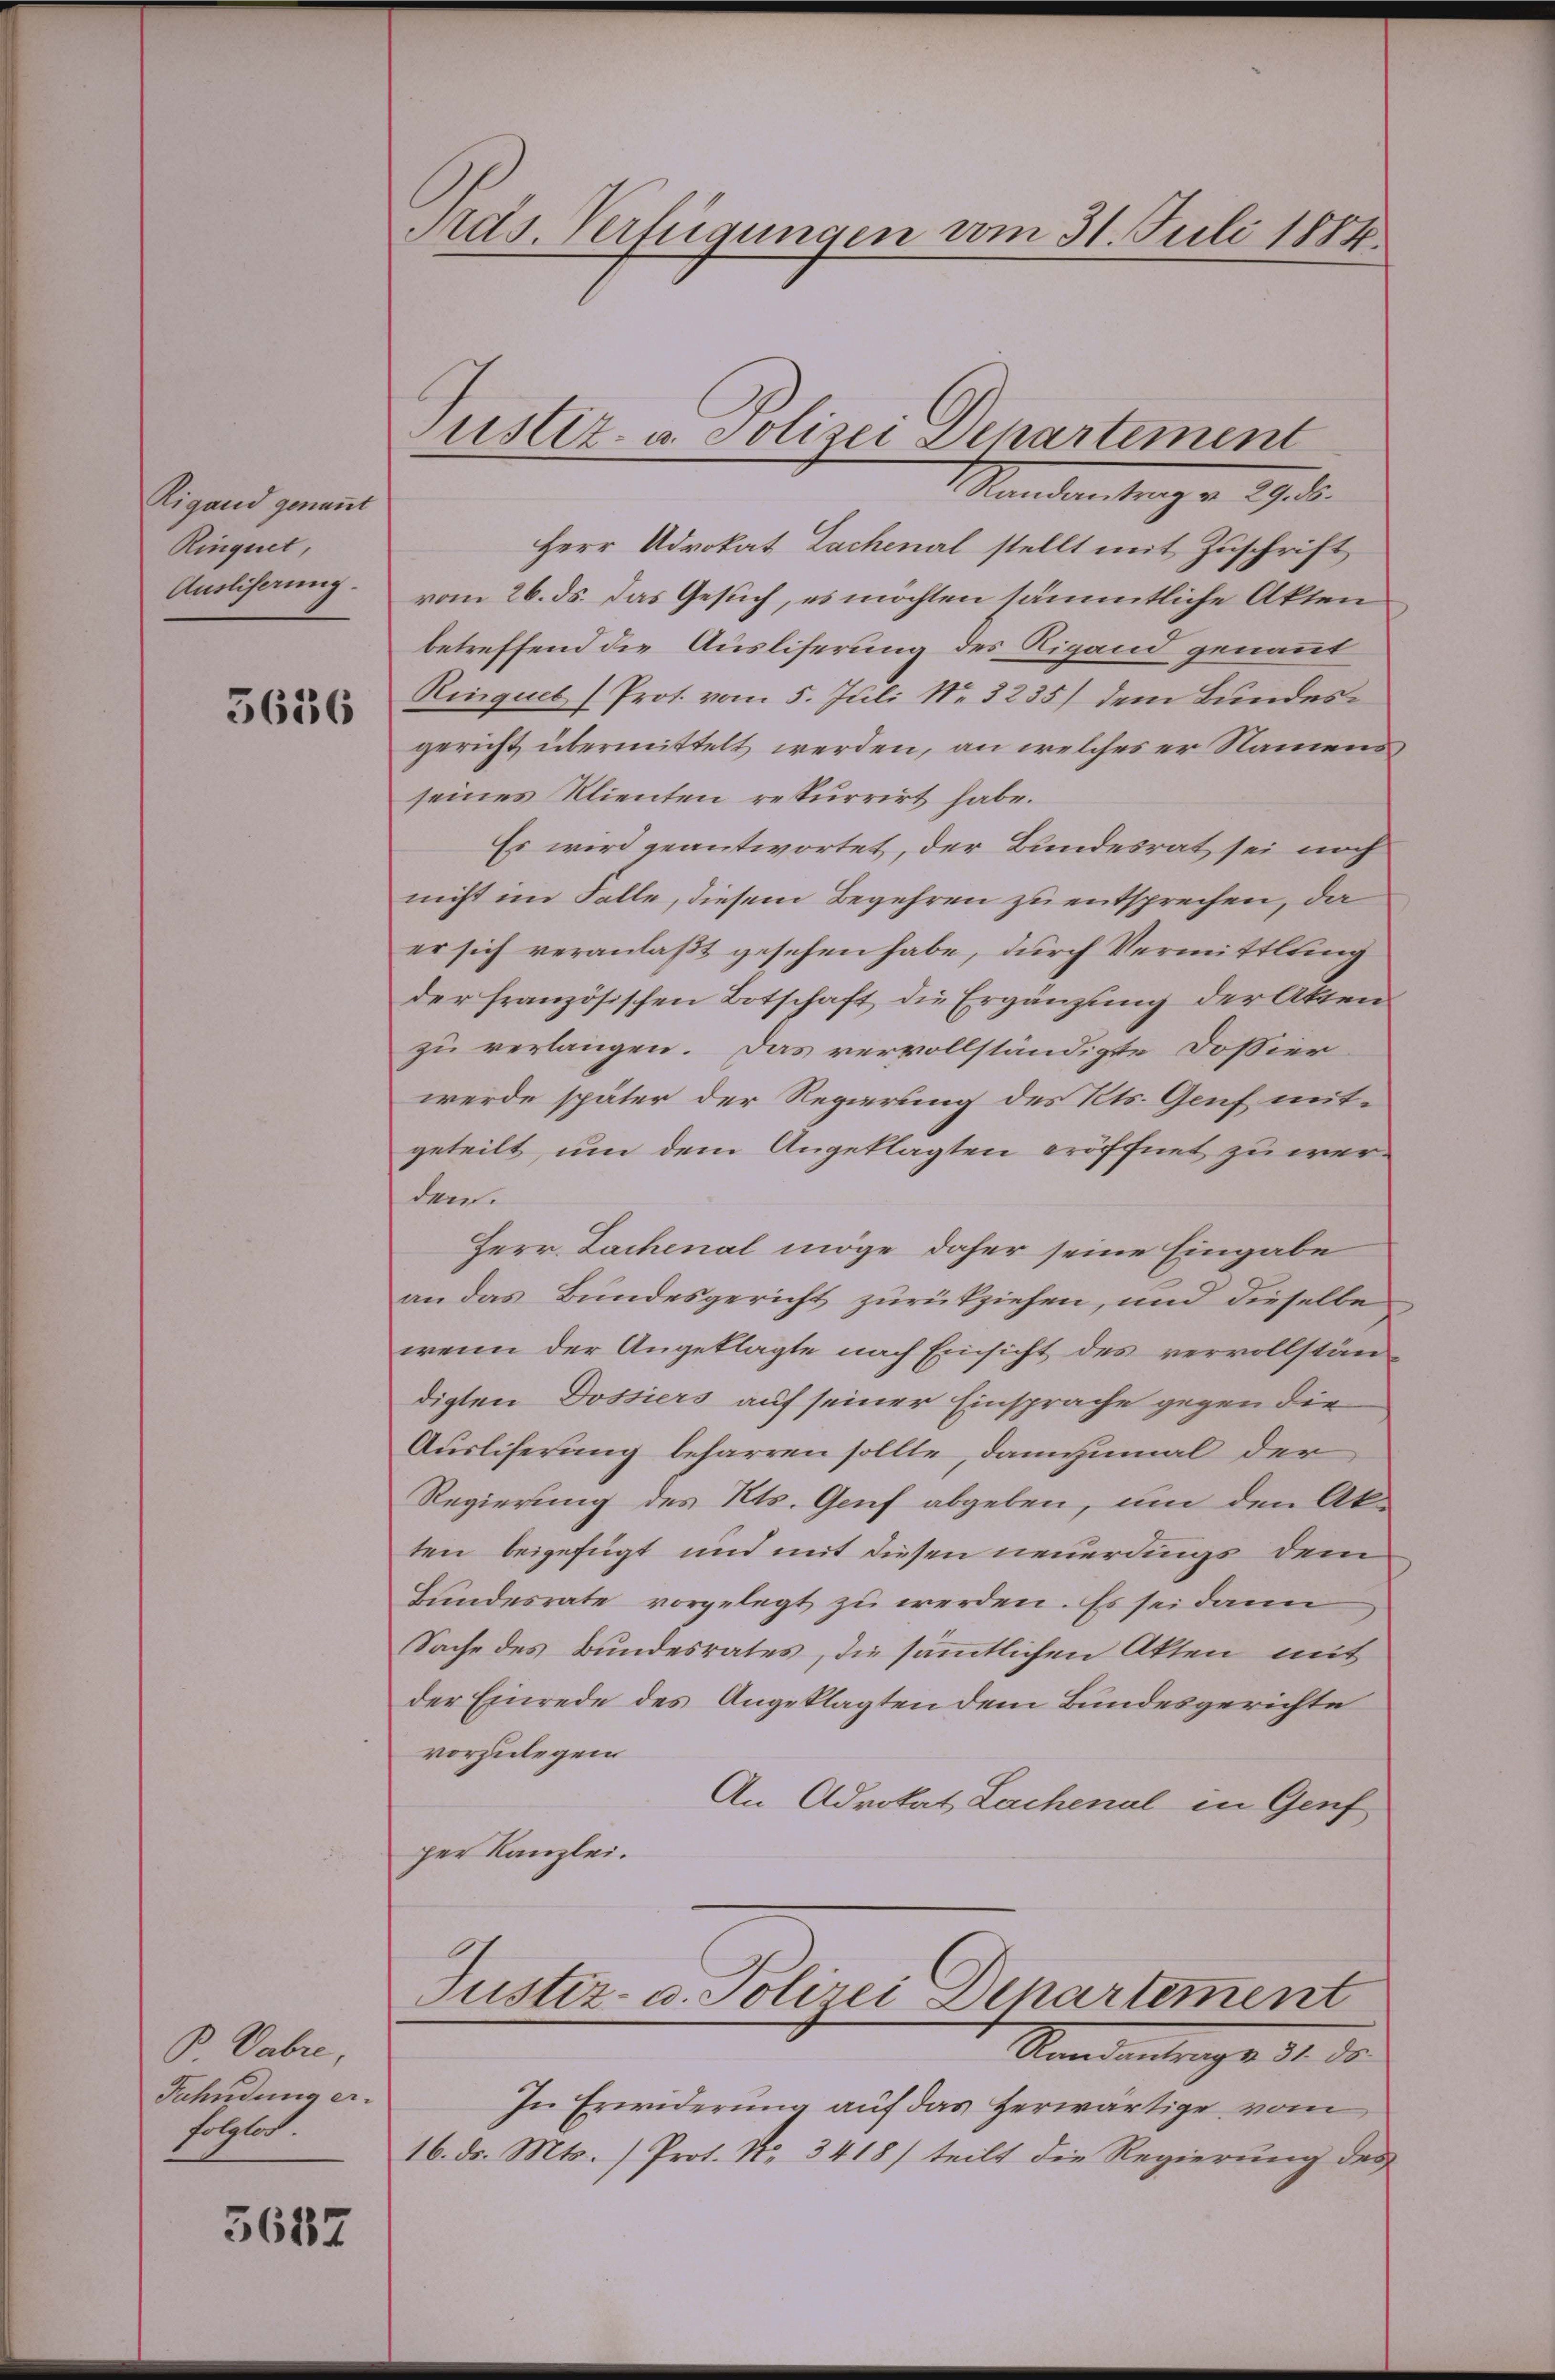
Rigand genannt
Rinquet,
Ausliserung.

5616

B. Dabre
Fahndung er-
folglos.

5687

Ards. Verfügungen vom 31. Juli 1884

Justiz- u. Polizei Departement

Mandantrag v. 29. d.
Herr Advokat Lachenal stellt mit Zuschrift
vom 26. ds. das Gesuch, es möchten sämmtliche Akten
betreffend die Ausliserung des Rigand genannt
Rinquet (Prot. vom 5. Juli Nr. 3235) dem Bundesgericht übermittelt werden, an welches er Namens
seines Klienten rekurrirt habe.
Es wird geantwortet, der Bundesrat sei noch
nicht im Falle, diesem Begehren zu entsprechen, da
er sich veranlaßt gesehen habe, durch Vermittlung
der französischen Botschaft die Ergänzung der Akten
zu verlangen. Das vervollständigte Dossier
werde später der Regierung des Kts. Genf mitgeteilt, um dem Angeklagten eröffnet zu werden.
Herr Lachenal möge daher seine Eingabe
an das Bundesgericht zurückziehen, und dieselbe
wenn der Angeklagte nach Einsicht des vervollstän
digten Dossiers auf seiner Einsprache gegen die
Ausliferung beharren sollte, dannzumal der
Regierung des Kts. Genf abgeben, um den Akten beigefügt und mit diesen neuerdings dem
Bundesrate vorgelegt zu werden. Es sei dann
Sache des Bundesrates, die sämmtlichen Akten mit
der Einrede des Angeklagten dem Bundesgerichte
vorzulegen
An Advokat Lachenal in Genf
per Kanzlei.
.
Justiz- u. Polizei Departement
Rindeantrage 11 der
In Erwiderung auf das herwärtige vom
16. ds. Mts. /Prot. No. 3418) teilt die Regierŭng des